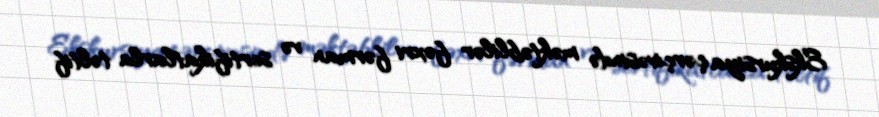
Ekskursiya çərçivəsində məktəblilər fəxri fərman və sertifikatlarla təltif